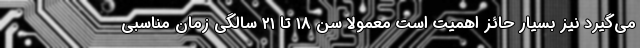
می‌گیرد نیز بسیار حائز اهمیت است معمولا سن ۱۸ تا ۲۱ سالگی زمان مناسبی